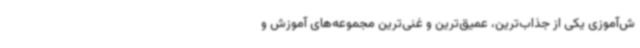
ش‌آموزی یکی از جذاب‌ترین، عمیق‌ترین و غنی‌ترین مجموعه‌های آموزش و